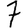
Digit: 7